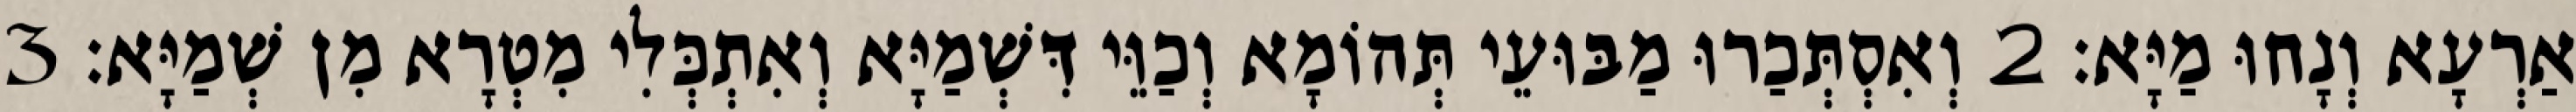
אַרְעָא וְנָחוּ מַיָּא׃ 2 וְאִסְתְּכַרוּ מַבּוּעֵי תְּהוֹמָא וְכַוֵּי דִּשְׁמַיָּא וְאִתְכְּלִי מִטְרָא מִן שְׁמַיָּא׃ 3